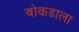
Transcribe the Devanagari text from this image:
बोकडाला